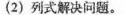
(2)列式解决问题。